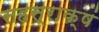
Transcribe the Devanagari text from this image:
सहस्राक्षं